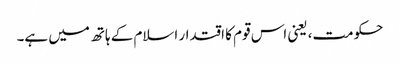
حکومت، یعنی اس قوم کا اقتدار اسلام کے ہاتھ میں ہے۔